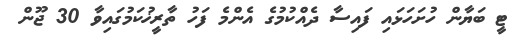
ޓީ ބަޔާން ހުށަހަޅައި ފައިސާ ދެއްކުމުގެ އެންމެ ފަހު ތާރީޚުކަމުގައިވާ 30 ޖޫން